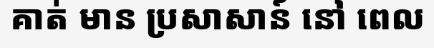
គាត់ មាន ប្រសាសាន៍ នៅ ពេល